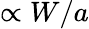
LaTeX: \propto W/a